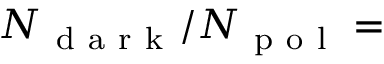
N _ { \mathrm { ~ d ~ a ~ r ~ k ~ } } / N _ { \mathrm { ~ p ~ o ~ l ~ } } =